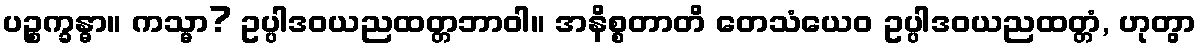
ပဉ္စက္ခန္ဓာ။ ကသ္မာ? ဥပ္ပါဒဝယညထတ္တဘာဝါ။ အနိစ္စတာတိ တေသံယေဝ ဥပ္ပါဒဝယညထတ္တံ, ဟုတွာ